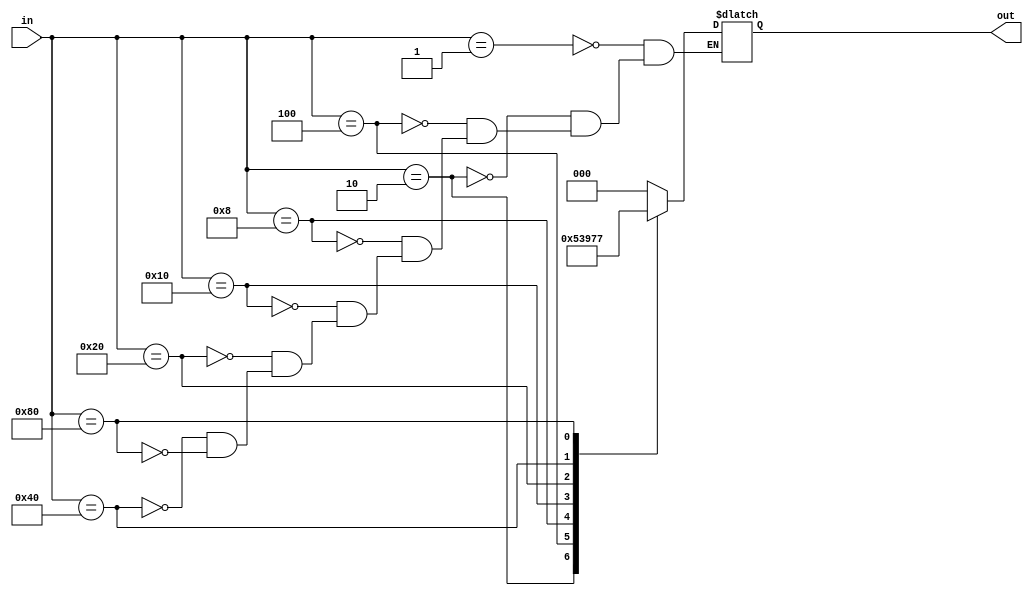
module encoder8x3(in,out);

    input [7:0] in;
    output reg [2:0] out;

    always @(in) begin
        case(in)
            8'b0000_0001: out = 3'b000;
            8'b0000_0010: out = 3'b001;
            8'b0000_0100: out = 3'b010;
            8'b0000_1000: out = 3'b011;
            8'b0001_0000: out = 3'b100;
            8'b0010_0000: out = 3'b101;
            8'b0100_0000: out = 3'b110;
            8'b1000_0000: out = 3'b111;
       endcase
    end

endmodule